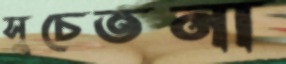
সুচেতনা